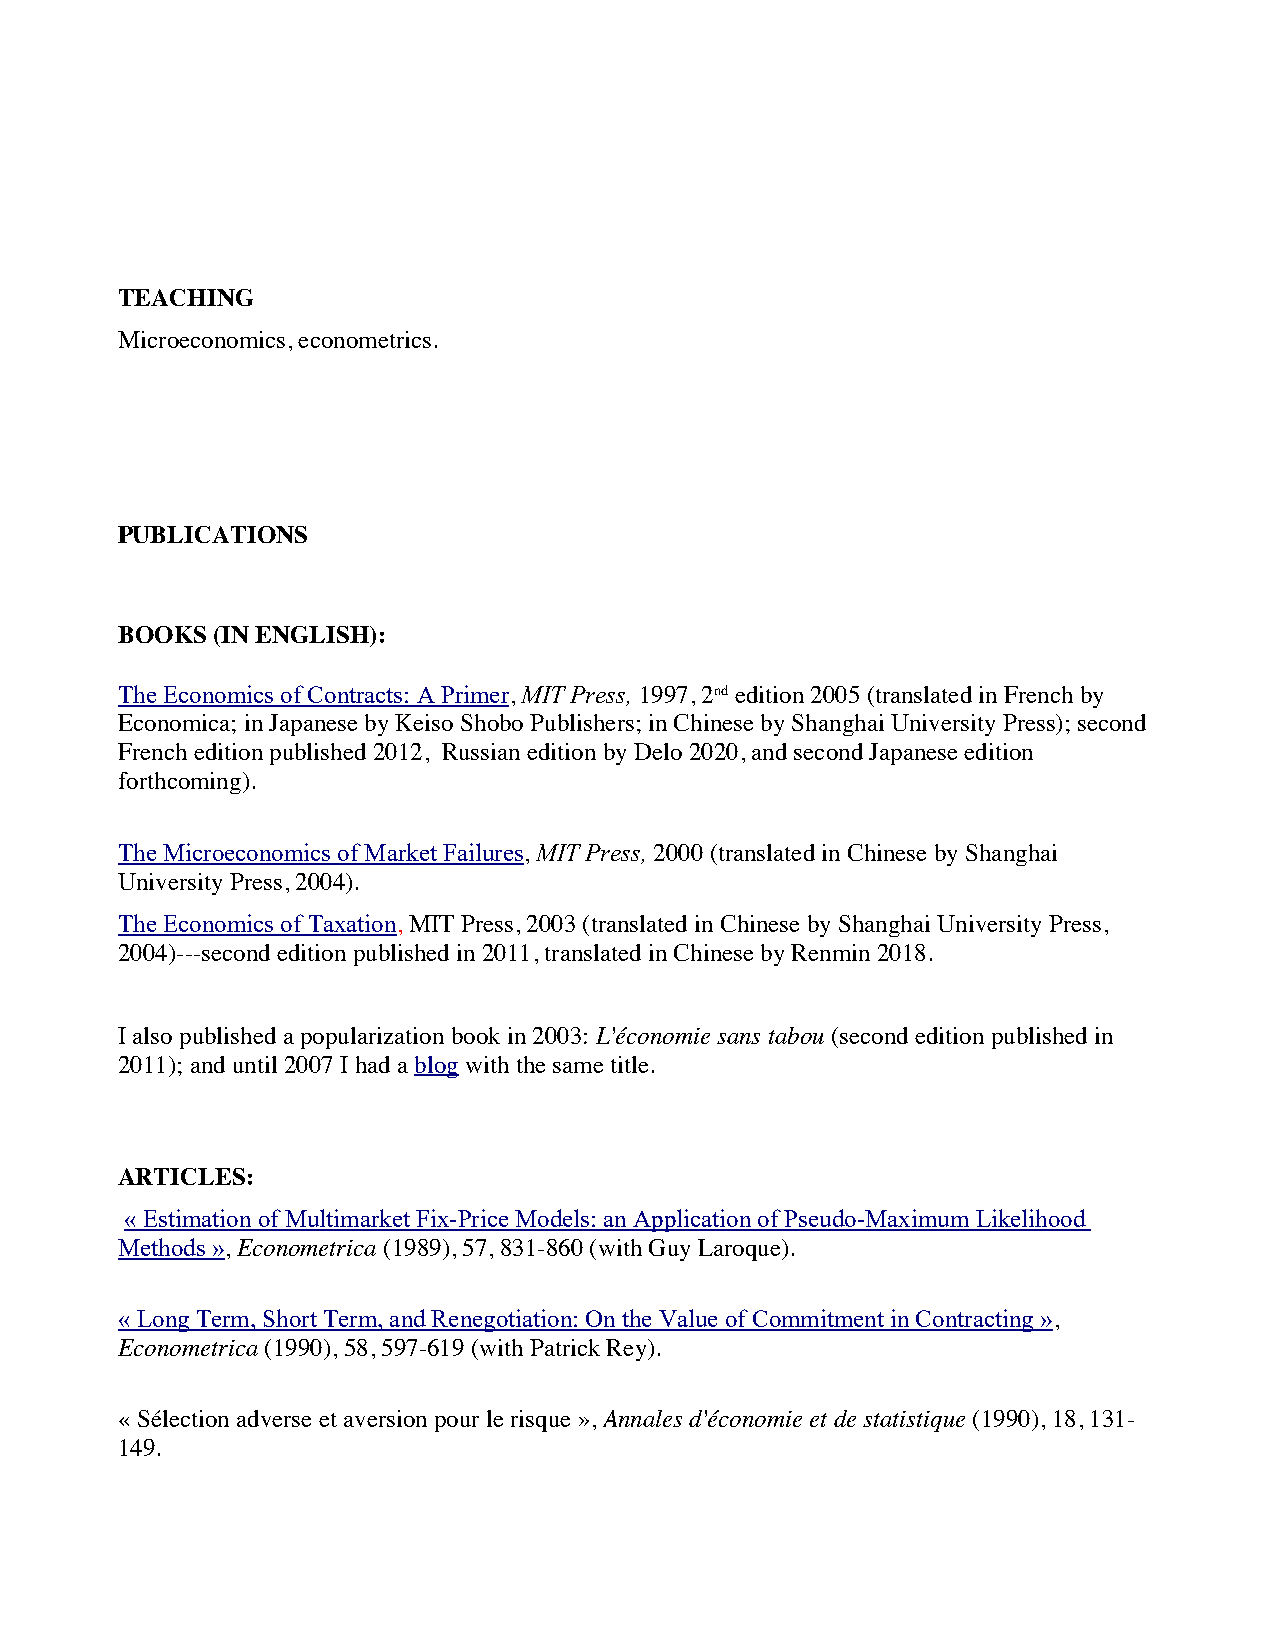
TEACHING
 Microeconomics, econometrics.
 PUBLICATIONS
 BOOKS (IN ENGLISH):
 The Economics of Contracts: A Primer, MIT Press, 1997, 2nd edition 2005 (translated in French by
 Economica; in Japanese by Keiso Shobo Publishers; in Chinese by Shanghai University Press); second
 French edition published 2012, Russian edition by Delo 2020, and second Japanese edition
 forthcoming).
 The Microeconomics of Market Failures, MIT Press, 2000 (translated in Chinese by Shanghai
 University Press, 2004).
 The Economics of Taxation, MIT Press, 2003 (translated in Chinese by Shanghai University Press,
 2004)---second edition published in 2011, translated in Chinese by Renmin 2018.
 I also published a popularization book in 2003: L'économie sans tabou (second edition published in
 2011); and until 2007 I had a blog with the same title.
 ARTICLES:
 « Estimation of Multimarket Fix-Price Models: an Application of Pseudo-Maximum Likelihood
 Methods », Econometrica (1989), 57, 831-860 (with Guy Laroque).
 « Long Term, Short Term, and Renegotiation: On the Value of Commitment in Contracting »,
 Econometrica (1990), 58, 597-619 (with Patrick Rey).
 « Sélection adverse et aversion pour le risque », Annales d'économie et de statistique (1990), 18, 131-
 149.